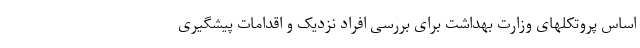
اساس پروتکلهای وزارت بهداشت برای بررسی افراد نزدیک و اقدامات پیشگیری